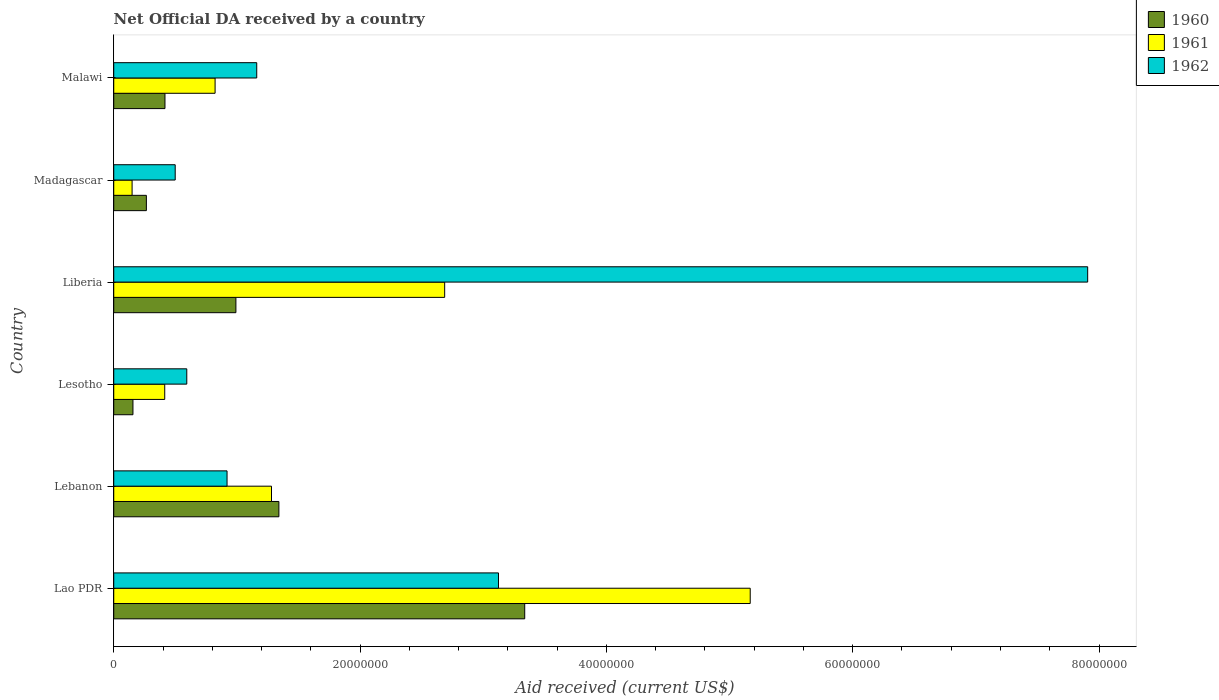
| Country | 1960 | 1961 | 1962 |
 | --- | --- | --- | --- |
 | Lao PDR | 3.34e+07 | 5.17e+07 | 3.12e+07 |
 | Lebanon | 1.34e+07 | 1.28e+07 | 9.2e+06 |
 | Lesotho | 1.56e+06 | 4.14e+06 | 5.93e+06 |
 | Liberia | 9.92e+06 | 2.69e+07 | 7.91e+07 |
 | Madagascar | 2.65e+06 | 1.49e+06 | 4.99e+06 |
 | Malawi | 4.16e+06 | 8.23e+06 | 1.16e+07 |